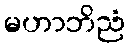
မဟာဘိညံ